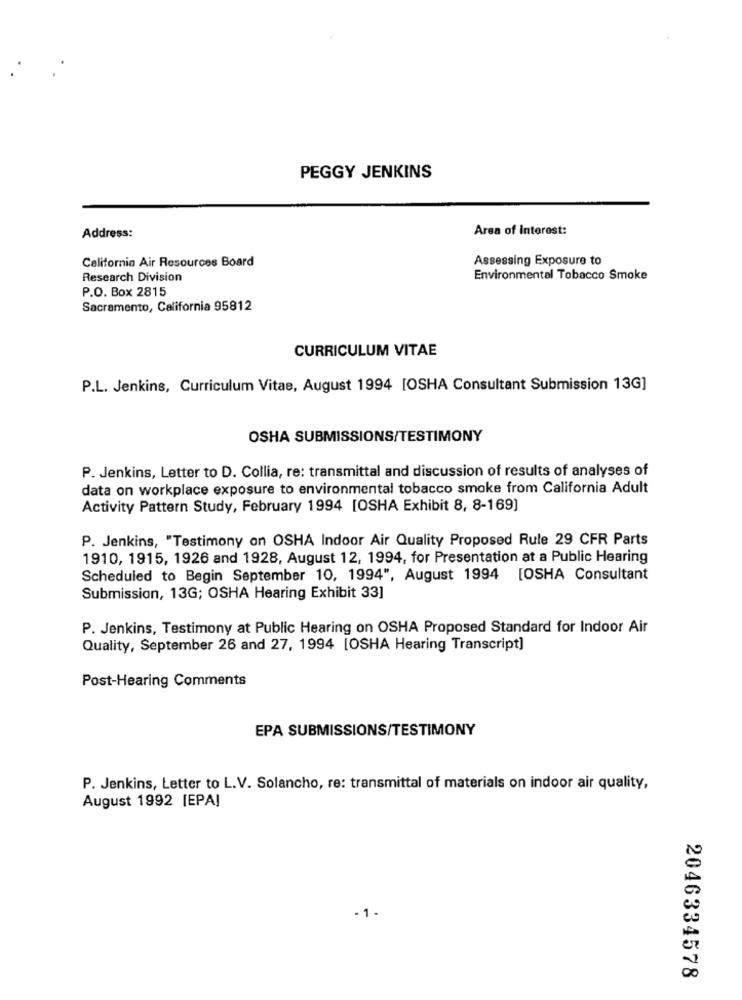
PEGGY JENKINS
Area of Interest:
Address:
California Air Resources Board
Assessing Exposure to
Research Division
Environmental Tobacco Smoke
P.O. Box 2815
Sacramento, California 95812
CURRICULUM VITAE
P.L. Jenkins, Curriculum Vitae, August 1994 [OSHA Consultant Submission 13G]
OSHA SUBMISSIONS/TESTIMONY
P. Jenkins, Letter to D. Collia, re: transmittal and discussion of results of analyses of
data on workplace exposure to environmental tobacco smoke from California Adult
Activity Pattern Study, February 1994 [OSHA Exhibit 8, 8-169]
P. Jenkins, "Testimony on OSHA Indoor Air Quality Proposed Rule 29 CFR Parts
1910, 1915, 1926 and 1928, August 12, 1994, for Presentation at a Public Hearing
Scheduled to Begin September 10, 1994", August 1994 [OSHA Consultant
Submission, 13G; OSHA Hearing Exhibit 33]
P. Jenkins, Testimony at Public Hearing on OSHA Proposed Standard for Indoor Air
Quality, September 26 and 27, 1994 [OSHA Hearing Transcript]
Post-Hearing Comments
EPA SUBMISSIONS/TESTIMONY
P. Jenkins, Letter to L.V. Solancho, re: transmittal of materials on indoor air quality,
August 1992 [EPAJ
- 1-
2046334578